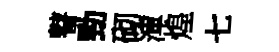
瞽勁砌渾煌七